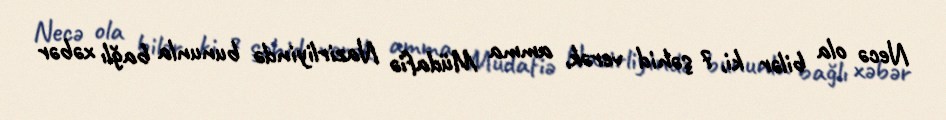
Necə ola bilər ki, 7 şəhid verək, amma Müdafiə Nazirliyində bununla bağlı xəbər